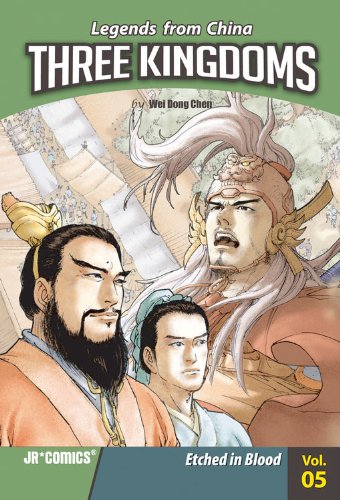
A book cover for Three Kingdoms 5: Etched in Blood; Wei Dong Chen; Teen & Young Adult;